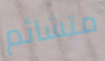
متشائم